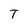
Character: T